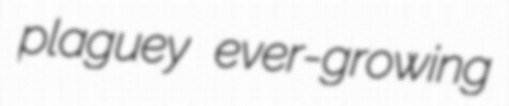
plaguey ever-growing